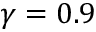
\gamma = 0 . 9